Document type: Oath
Year: 1405
Scribe: Guillem de Lledó
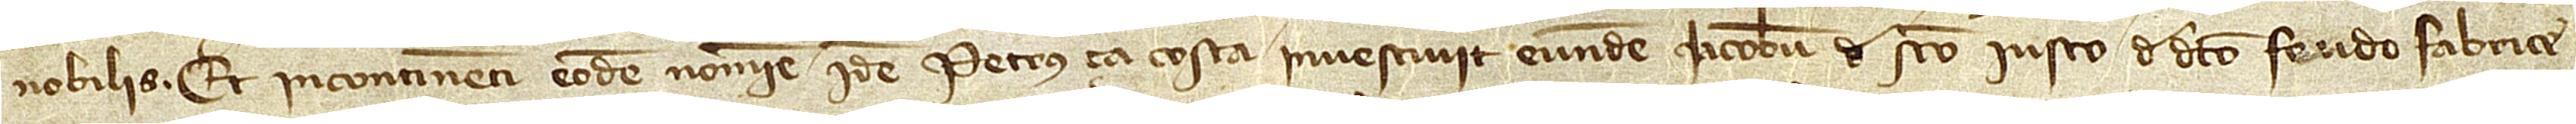
nobilis. Et incontinenti eodem nomine idem Petrus ça Costa investivit eundem Iacobum de Sancto Iusto de dicto feudo fabrice